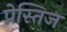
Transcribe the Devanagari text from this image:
प्रेस्तिज